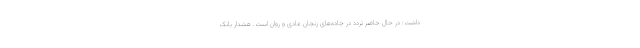
داشت: در حال حاضر تردد در جاده‌های زنجان عادی و روان است. هشدار بانک